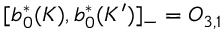
\lbrack b _ { 0 } ^ { \ast } ( K ) , b _ { 0 } ^ { \ast } ( K ^ { \prime } ) ] _ { - } = O _ { 3 , 1 }